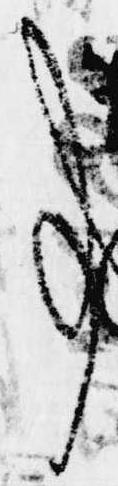
事